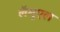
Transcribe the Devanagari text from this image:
लॅमुएल